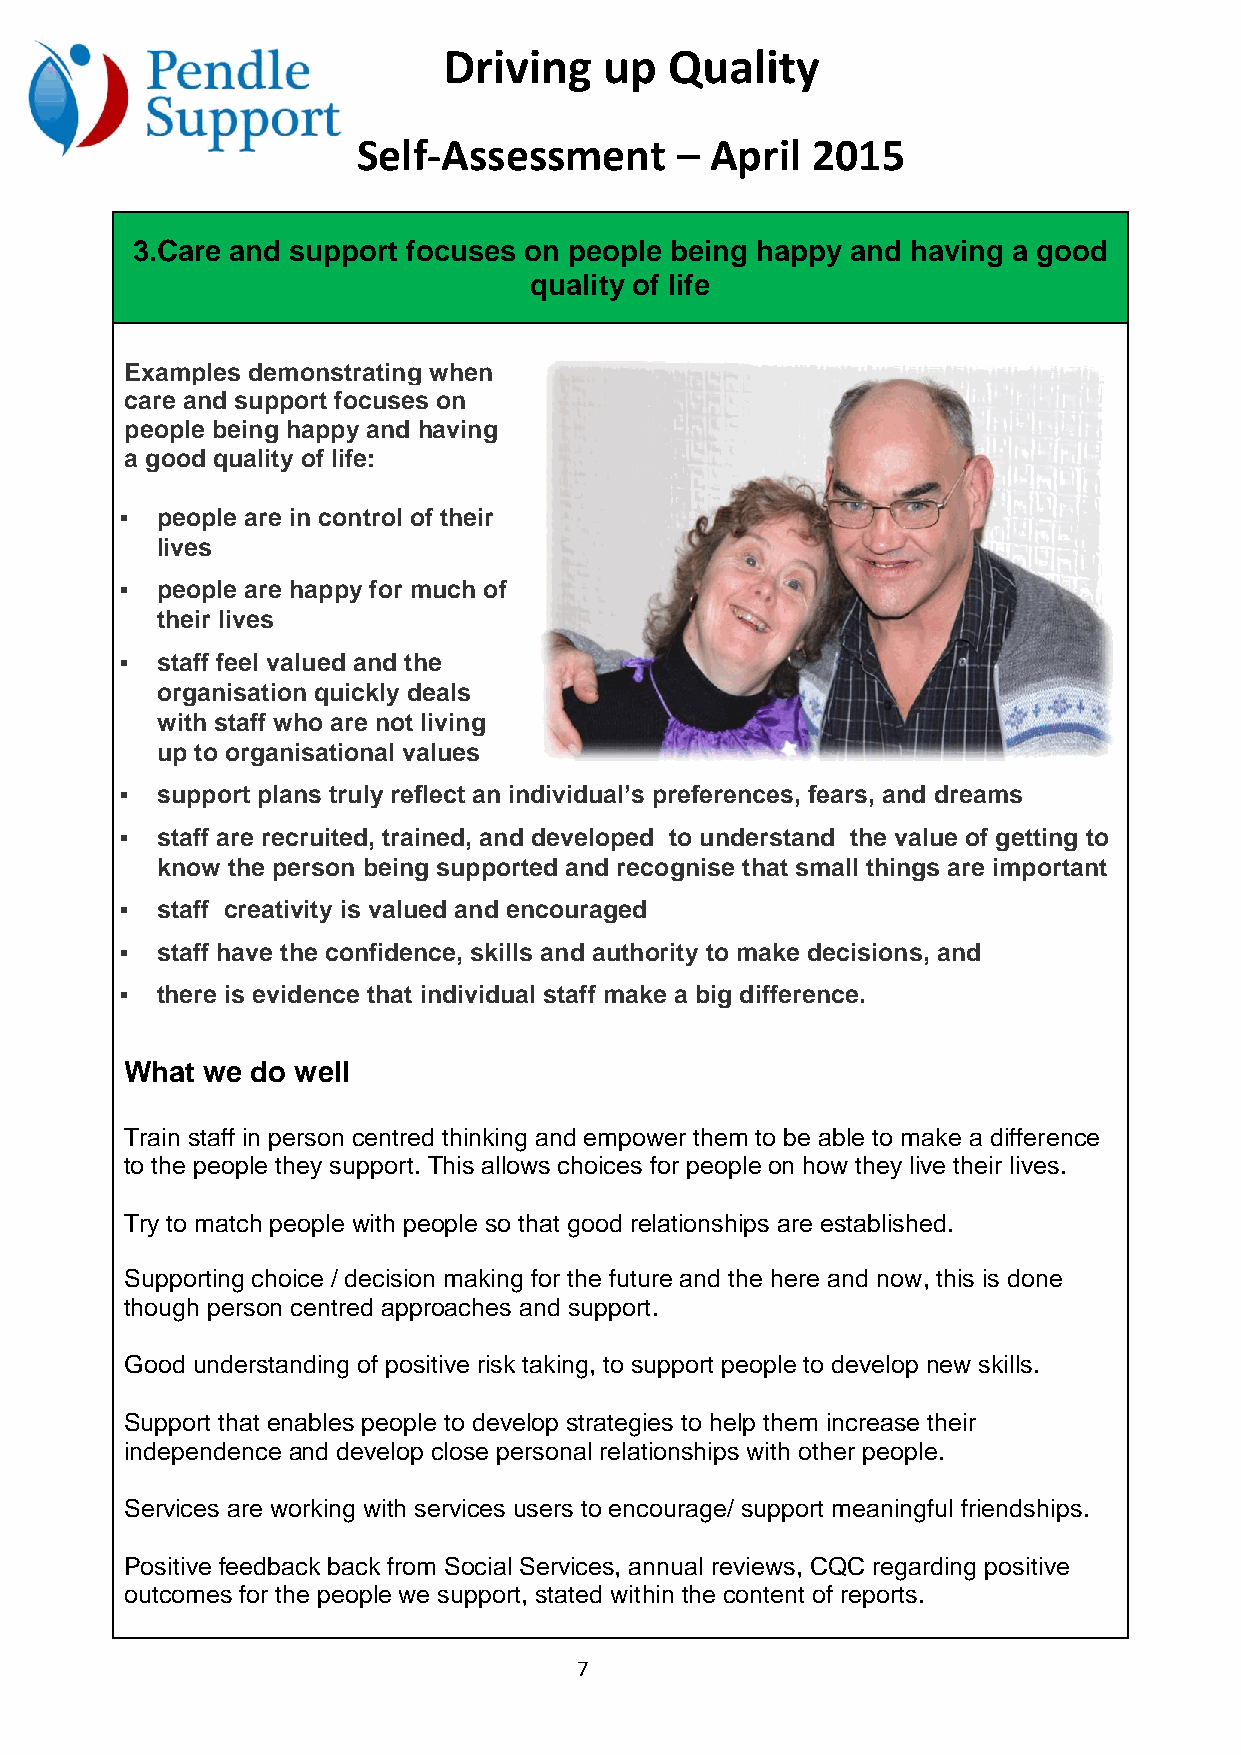
Driving    up  Quality
 Self-Assessment      – April  2015
 3.Care and support focuses on people being happy and having a good
 quality of life
 Examples demonstrating when
 care and support focuses on
 people being happy and having
 a good quality of life:
  people are in control of their
 lives
  people are happy for much of
 their lives
  staff feel valued and the
 organisation quickly deals
 with staff who are not living
 up to organisational values
  support plans truly reflect an individual’s preferences, fears, and dreams
  staff are recruited, trained, and developed to understand the value of getting to
 know the person being supported and recognise that small things are important
  staff creativity is valued and encouraged
  staff have the confidence, skills and authority to make decisions, and
  there is evidence that individual staff make a big difference.
 What we  do well
 Train staff in person centred thinking and empower them to be able to make a difference
 to the people they support. This allows choices for people on how they live their lives.
 Try to match people with people so that good relationships are established.
 Supporting choice / decision making for the future and the here and now, this is done
 though person centred approaches and support.
 Good understanding of positive risk taking, to support people to develop new skills.
 Support that enables people to develop strategies to help them increase their
 independence and develop close personal relationships with other people.
 Services are working with services users to encourage/ support meaningful friendships.
 Positive feedback back from Social Services, annual reviews, CQC regarding positive
 outcomes for the people we support, stated within the content of reports.
 7